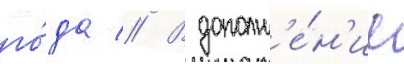
го́да // В дополн'е́н'ие